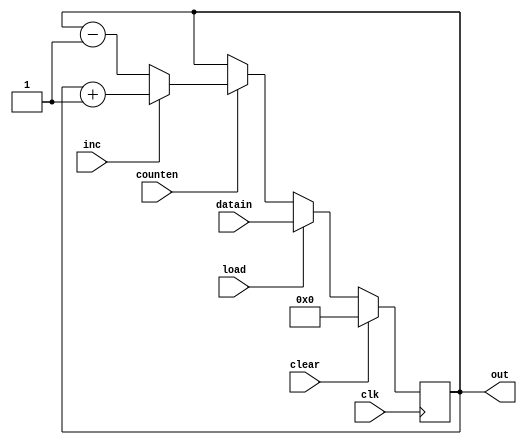
//  ***********************************************
//  *               Counter 8 Bit                 *
//  ***********************************************



module counter(out, datain, inc, clear, load, counten, clk);
	output [7:0]out;
	input [7:0]datain;
	input inc, clear, load, counten, clk;
	reg [7:0]out;
	
	always @(posedge clk)
	begin
		if (clear == 1'b1)
			out <= 8'b00000000;
		else if (load == 1)
			out <= datain[7:0];
		else if (counten == 1'b1)
		begin 
			if (inc == 1'b1)
				out <= out +1;
			else 
				out <= out-1;
		end
	end
endmodule